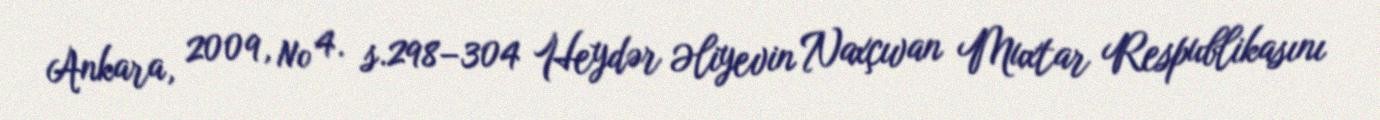
Ankara, 2009, № 4. s.298–304 Heydər Əliyevin Naxçıvan Muxtar Respublikasını